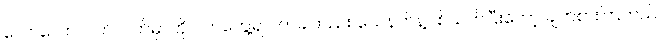
လောလောလတ်လတ်မှာကို ဝက်တွေ့ရင် တခါတည်း သေနတ်နဲ့ပစ်သတ်ပြီးတော့ ချက်စားကြတယ်။